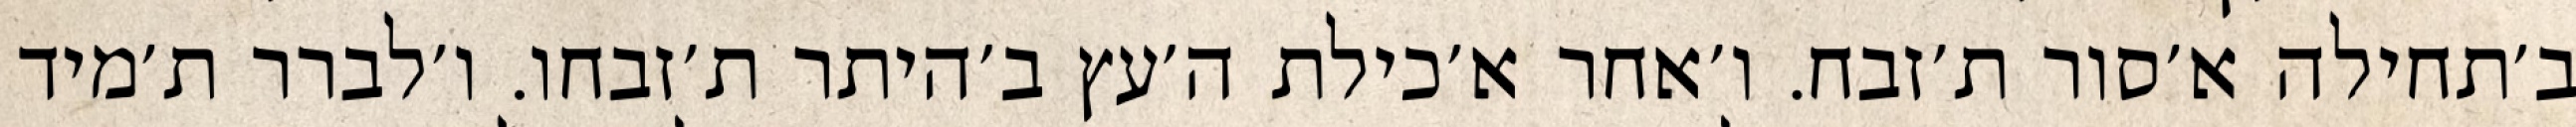
ב׳תחילה א׳סור ת׳זבח. ו׳אחר א׳כילת ה׳עץ ב׳היתר ת׳זבחו. ו׳לברר ת׳מיד